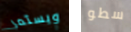
ويستمر سطو